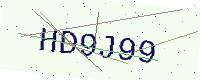
Text: HD9J99